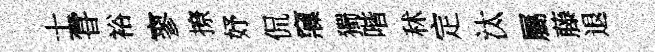
士甞裕寥撩妤侃䆿獨喈秫定汰屬藤退